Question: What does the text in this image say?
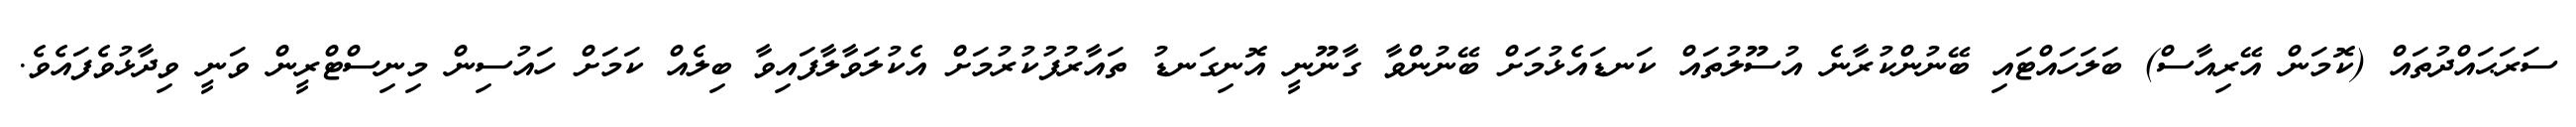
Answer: ސަރަޙައްދުތައް (ކޮމަން އޭރިއާސް) ބަލަހައްޓައި ބޭނުންކުރާނެ އުސޫލުތައް ކަނޑައެޅުމަށް ބޭނުންވާ ގާނޫނީ އޮނިގަނޑު ތައާރުފުކުރުމަށް އެކުލަވާލާފައިވާ ބިލެއް ކަމަށް ހައުސިން މިނިސްޓްރީން ވަނީ ވިދާޅުވެފައެވެ.